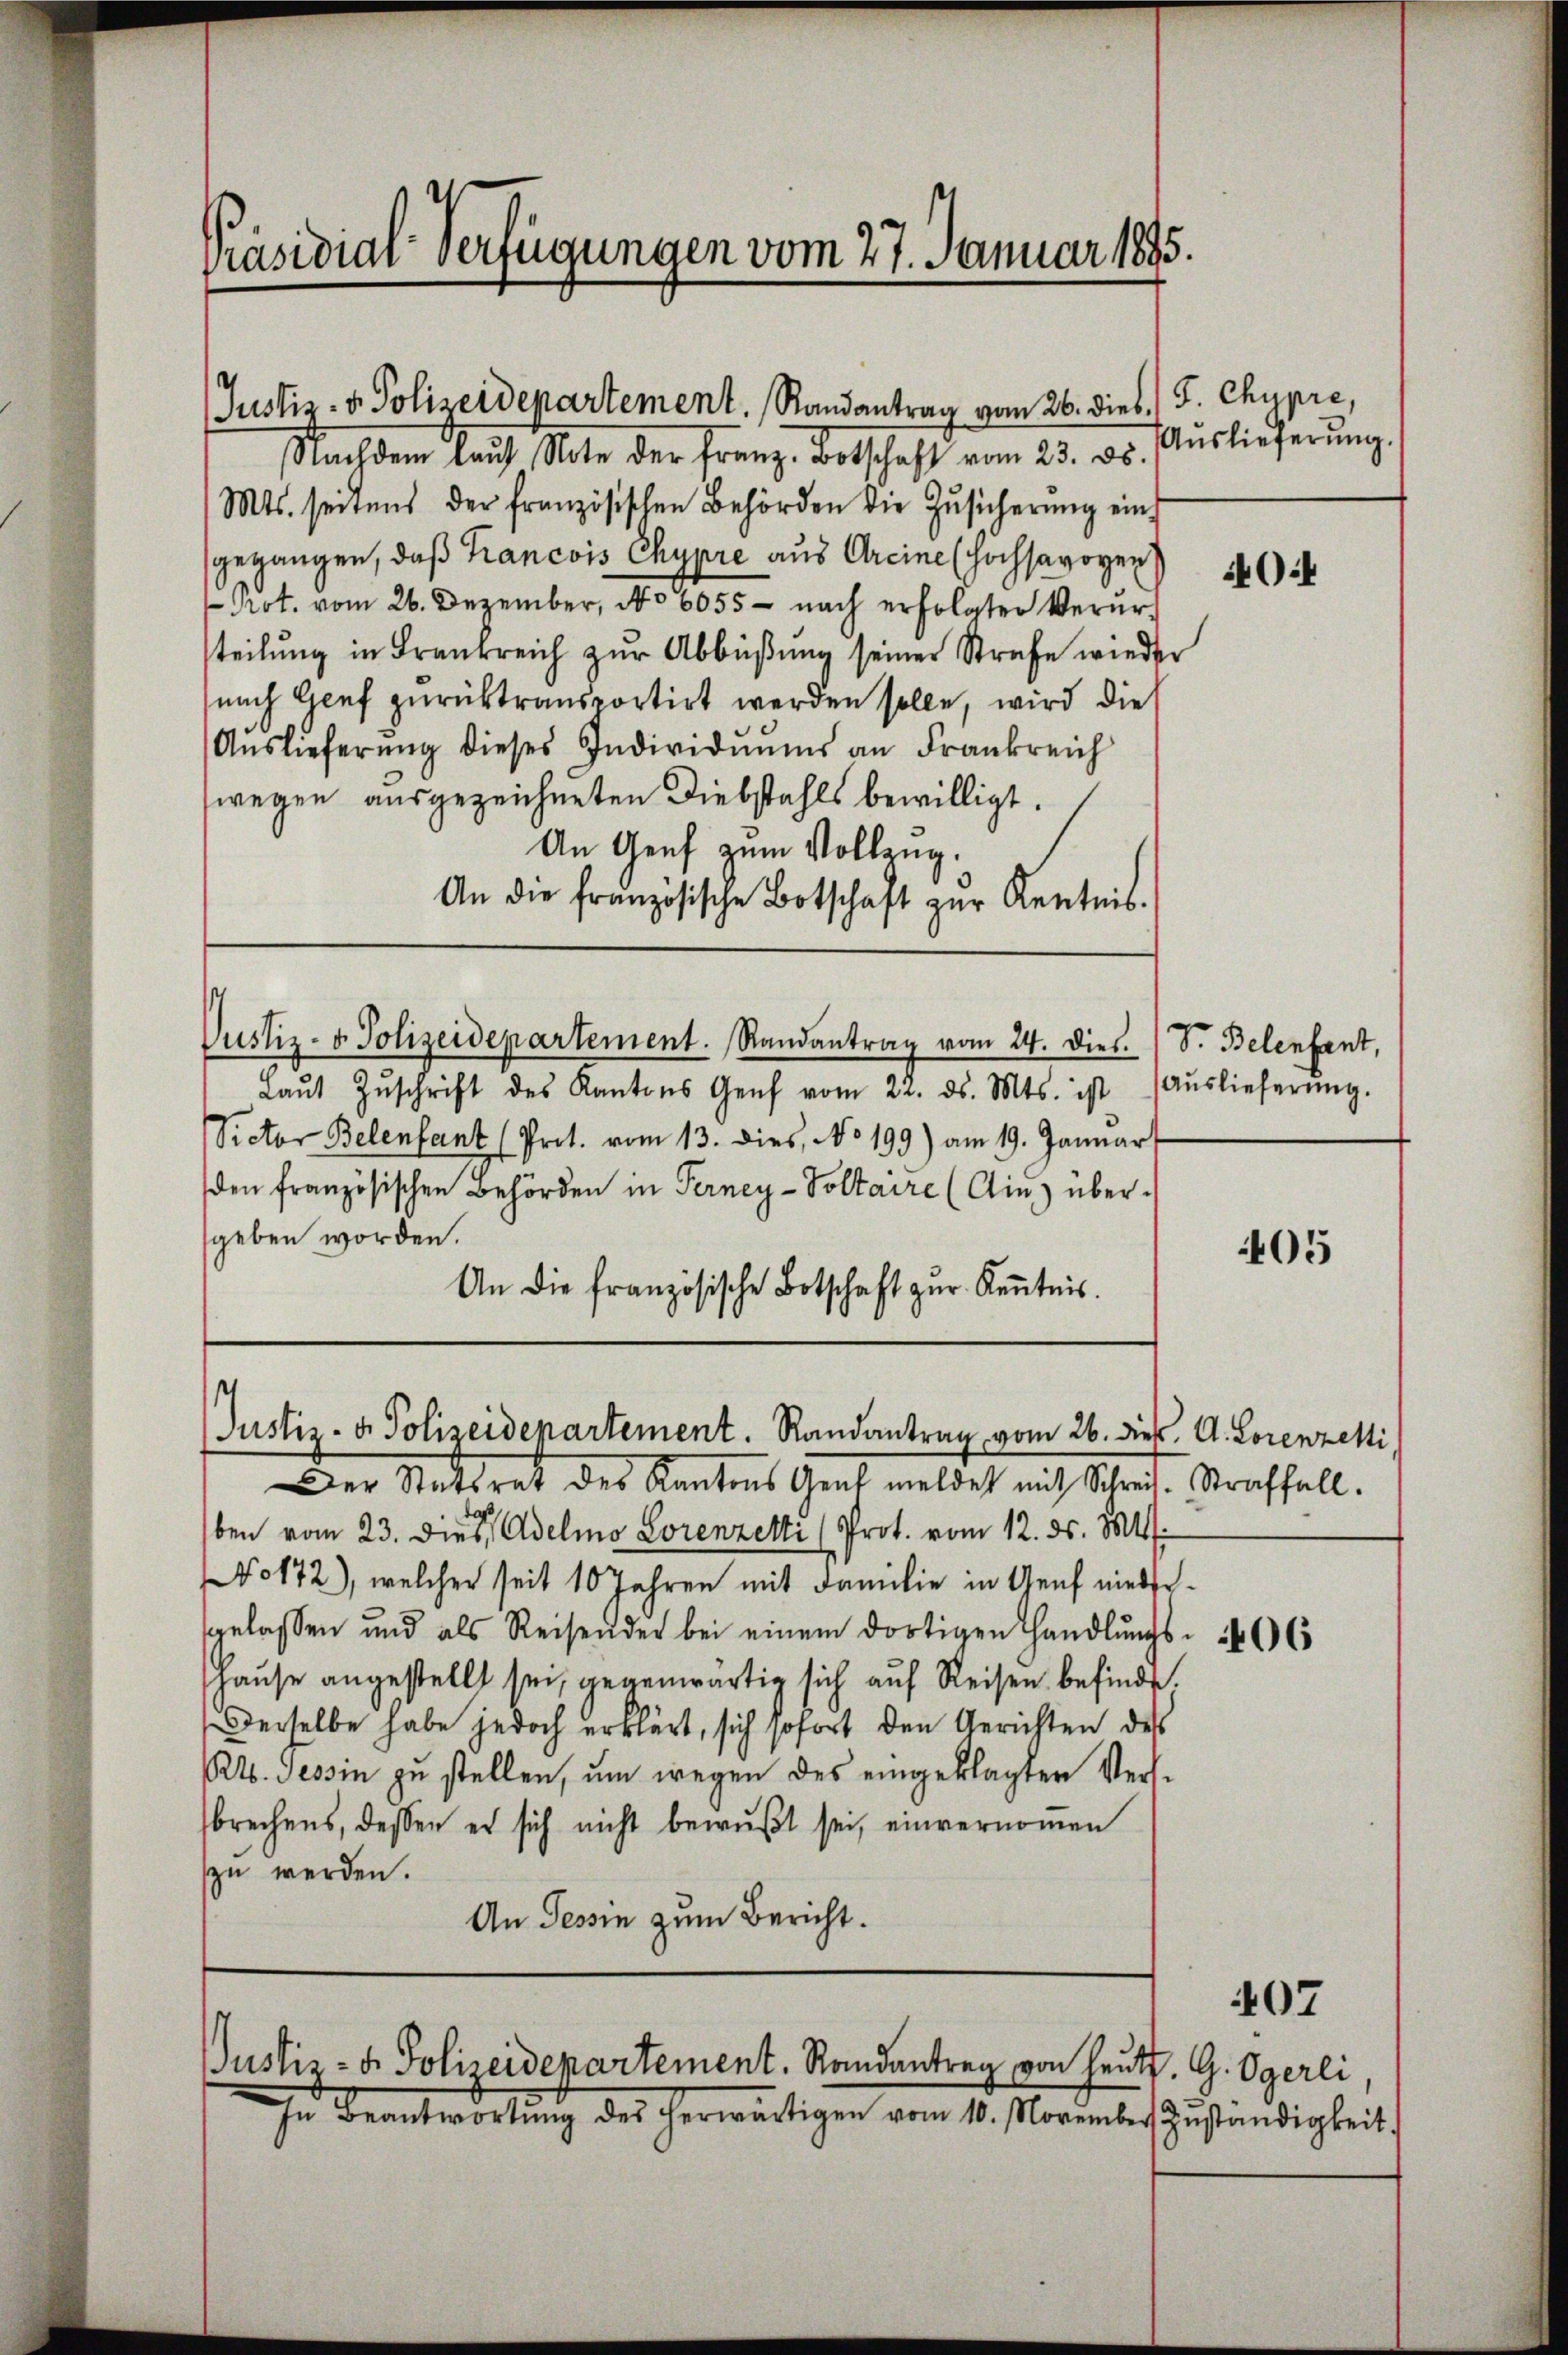
Präsidial-Verfügungen vom 27. Januar 1895.

Justiz- & Polizeidepartement. Randantrag vom 26. dies / J. Chypre,

Nachdem lauf Note der Franz- Botschaft vom 23. 26.
Mts. seitens der französischen Behörden die Zŭsicherŭng ein-
sgegangen, daß Francois Chypre aus Greine (Hochsavoyen
Not. vom 26. Dezember, No 6055 - nach erfolgter Verurteilŭng in Frankreich zŭr Abbüβŭng seiner Strafe wieder
nach Genf zurücktransportirt werden solle, wird die
Aŭslieferŭng dieses Individuums an Frankreich
wegen ausgezeichneten Diebstahls bewilligt.
An Genf zum Vollzug.
An die Französische Botschaft zŭr Kentnis.
Justiz- & Polizeidepartement. Randantrag vom 24. Dies. (S. Belenfant,
Laŭt Zŭschrift des Kantons Genf vom 22. ds. Mts. ist
Sictor Belenfant (Prot. vom 13. dies, No 199) am 19. Januar
den französischen Behörden in Terney-Voltaire (Ain) übersgeben worden.
An die französische Botschaft zur Kenntnis.

Justiz- & Polizeidepartement. Randantrag vom 26. dieß. A. Lorenzelti,

Justiz- u. Polizeidepartement. Randantrag von heute. G. Ogerli
In Beantwortŭng des herwärtigen vom 10. November Zŭständigkeit.

Auslieferung.

Der Statsrat des Kantons Genf meldet mit Schreis. Straffall.
ben vom 23. Dies Adelio Lorenzelti (Prot. vom 12. ds. Mts.
No172), welcher seit 10 Jahren mit Familie in Genf niedergelassen und als Reisender bei einem dortigen Handlŭngs- 46 (
Hause angestellt sei, gegenwärtig sich auf Reisen befinde.
Derselbe habe jedoch erklärt, sich sofort den Gerichten des
R. Tessin zu stellen, um wegen des eingeklagten Versbrechens, dessen es sich nicht bewußt sei, einvernommen
zu werden.
An Tessin zum Bericht.

0:4

Auslieferung.

405

407